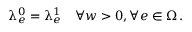
\uplambda _ { e } ^ { 0 } = \uplambda _ { e } ^ { 1 } \quad \forall w > 0 , \forall e \in \upOmega \, .